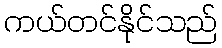
ကယ်တင်နိုင်သည်